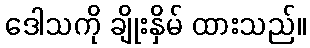
ဒေါသကို ချိုးနှိမ် ထားသည်။